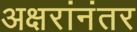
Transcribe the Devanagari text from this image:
अक्षरांनंतर